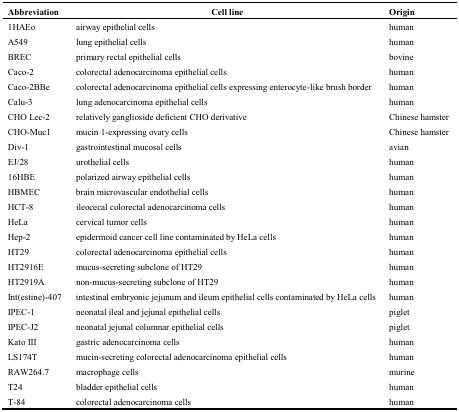
| Abbreviation | Cell line | Origin |
 | --- | --- | --- |
 | 1HAEo | airway epithelial cells | human |
 | A549 | lung epithelial cells | human |
 | BREC | primary rectal epithelial cells | bovine |
 | Caco-2 | colorectal adenocarcinoma epithelial cells | human |
 | Caco-2BBe | colorectal adenocarcinoma epithelial cells expressing enterocyte-like brush border | human |
 | Calu-3 | lung adenocarcinoma epithelial cells | human |
 | CHO Lec-2 | relatively ganglioside deficient CHO derivative | Chinese hamster |
 | CHO-Muc1 | mucin 1-expressing ovary cells | Chinese hamster |
 | Div-1 | gastrointestinal mucosal cells | avian |
 | EJ/28 | urothelial cells | human |
 | 16HBE | polarized airway epithelial cells | human |
 | HBMEC | brain microvascular endothelial cells | human |
 | HCT-8 | ileocecal colorectal adenocarcinoma cells | human |
 | HeLa | cervical tumor cells | human |
 | Hep-2 | epidermoid cancer cell line contaminated by HeLa cells | human |
 | HT29 | colorectal adenocarcinoma epithelial cells | human |
 | HT2916E | mucus-secreting subclone of HT29 | human |
 | HT2919A | non-mucus-secreting subclone of HT29 | human |
 | Int(estine)-407 | intestinal embryonic jejunum and ileum epithelial cells contaminated by HeLa cells | human |
 | IPEC-1 | neonatal ileal and jejunal epithelial cells | piglet |
 | IPEC-J2 | neonatal jejunal columnar epithelial cells | piglet |
 | Kato III | gastric adenocarcinoma cells | human |
 | LS174T | mucin-secreting colorectal adenocarcinoma epithelial cells | human |
 | RAW264.7 | macrophage cells | murine |
 | T24 | bladder epithelial cells | human |
 | T-84 | colorectal adenocarcinoma cells | human |